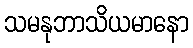
သမနုဘာသိယမာနော